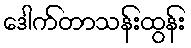
ဒေါက်တာသန်းထွန်း